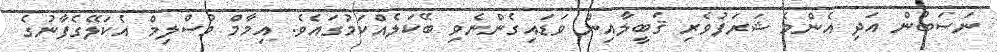
ނަސަބުން އަދި އެންމެ ޝަރަފުވެރި ޤަބީލާއިން ވަޑައިގެންނެވި ބޭކަލެއްކަމުގައެވެ. އިމާމް މުސްލިމް އެކަލޭގެފާނުގެ